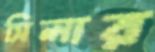
সিলার